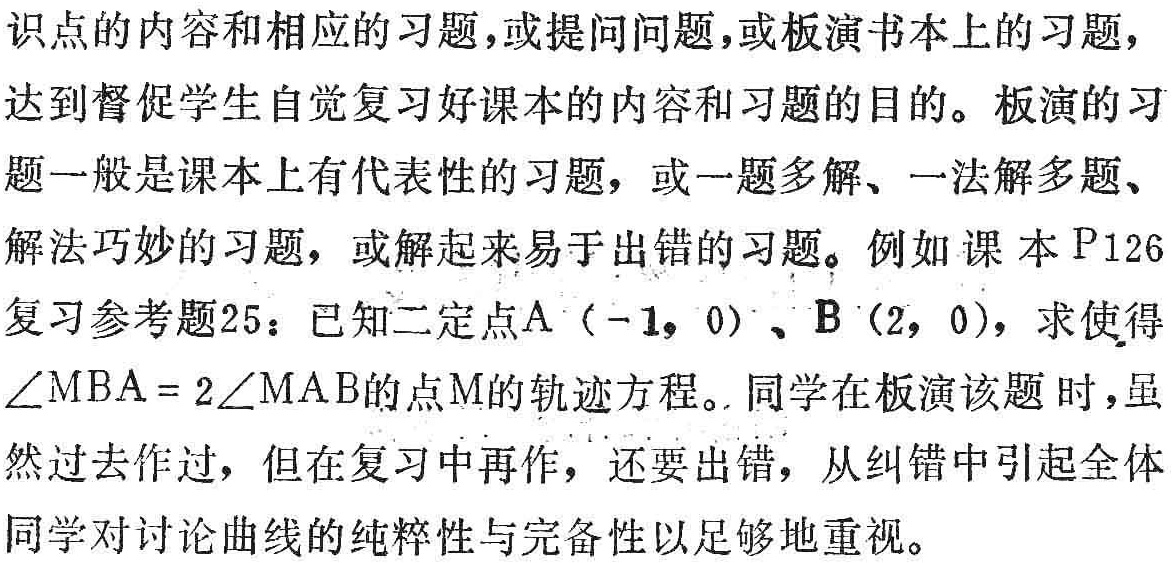
知识点的内容和相应的习题,或提问问题,或板演书本上的习题,

达到督促学生自觉复习好课本的内容和习题的目的。板演的习

题一般是课本上有代表性的习题，或一题多解、一法解多题、

解法巧妙的习题，或解起来易于出错的习题。例如课本$\mathrm{P}126$

复习参考题25：已知二定点$\mathrm{A}\ (-1,0)$、$\mathrm{B}\ (2,0)$，求使得

$\angle \mathrm{M}\mathrm{B}\mathrm{A}=2\angle \mathrm{M}\mathrm{A}\mathrm{B}$的点$\mathrm{M}$的轨迹方程。同学在板演该题 时，虽

然过去作过，但在复习中再作，还要出错，从纠错中引起全体

同学对讨论曲线的纯粹性与完备性以足够地重视。